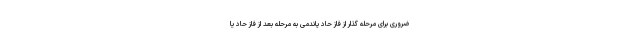
ضروری برای مرحله گذار از فاز حاد پاندمی به مرحله بعد از فاز حاد یا